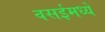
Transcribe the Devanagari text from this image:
वसईमध्ये